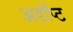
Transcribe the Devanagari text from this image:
अडॉप्ट